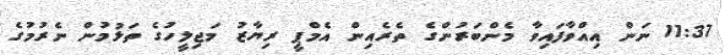
11:37 ނަން އިއްވާފައިވާ މެންބަރުންގެ ތެރެއިން އެމްޕީ ރިޔާޒު މަޖިލީހުގެ ތަޅުމުން ނެރުމުގެ